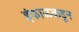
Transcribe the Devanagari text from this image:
इंफाळकडून